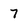
Character: 7